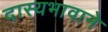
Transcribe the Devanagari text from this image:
दास्यभावाने